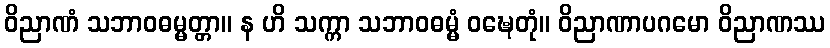
ဝိညာဏံ သဘာဝဓမ္မတ္တာ။ န ဟိ သက္ကာ သဘာဝဓမ္မံ ဝဍ္ဎေတုံ။ ဝိညာဏာပဂမော ဝိညာဏဿ